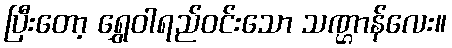
ပြီးတော့ ရွှေဝါရည်ဝင်းသော သဏ္ဌာန်လေး။